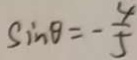
\sin \theta = - \frac { 4 } { 5 }